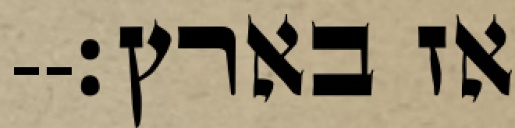
אז בארץ׃--